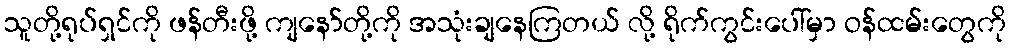
သူတို့ရုပ်ရှင်ကို ဖန်တီးဖို့ ကျနော်တို့ကို အသုံးချနေကြတယ် လို့ ရိုက်ကွင်းပေါ်မှာ ဝန်ထမ်းတွေကို